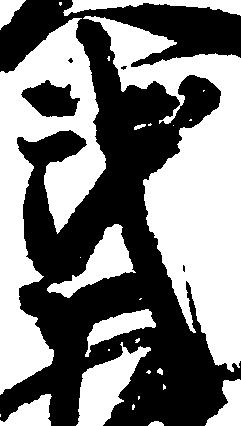
武